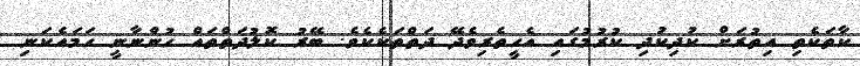
ކާތަކެތި އިތުރަށް ކުދިކުދި ކުރުމުގައި އެހީތެރިވެދޭ ދަތްތަކެކެވެ. ބޭރު ކޮލުދަތްތައް ހުންނާނީ ހަމައެކަނި